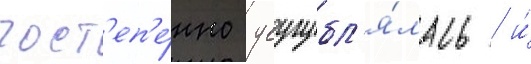
пост'еп'е́нно усугубл'я́лась / и́